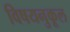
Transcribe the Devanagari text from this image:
विषयनुकूल